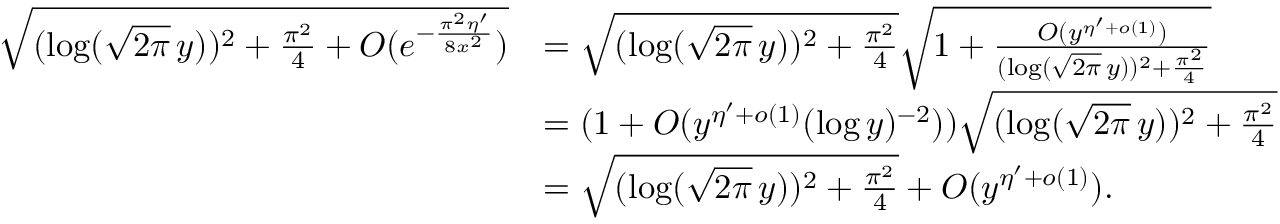
\begin{array} { r l } { \sqrt { ( \log ( \sqrt { 2 \pi } \, y ) ) ^ { 2 } + \frac { \pi ^ { 2 } } { 4 } + O ( e ^ { - \frac { \pi ^ { 2 } \eta ^ { \prime } } { 8 x ^ { 2 } } } ) } } & { = \sqrt { ( \log ( \sqrt { 2 \pi } \, y ) ) ^ { 2 } + \frac { \pi ^ { 2 } } { 4 } } \sqrt { 1 + \frac { O ( y ^ { \eta ^ { \prime } + o ( 1 ) } ) } { ( \log ( \sqrt { 2 \pi } \, y ) ) ^ { 2 } + \frac { \pi ^ { 2 } } { 4 } } } } \\ & { = ( 1 + O ( y ^ { \eta ^ { \prime } + o ( 1 ) } ( \log y ) ^ { - 2 } ) ) \sqrt { ( \log ( \sqrt { 2 \pi } \, y ) ) ^ { 2 } + \frac { \pi ^ { 2 } } { 4 } } } \\ & { = \sqrt { ( \log ( \sqrt { 2 \pi } \, y ) ) ^ { 2 } + \frac { \pi ^ { 2 } } { 4 } } + O ( y ^ { \eta ^ { \prime } + o ( 1 ) } ) . } \end{array}